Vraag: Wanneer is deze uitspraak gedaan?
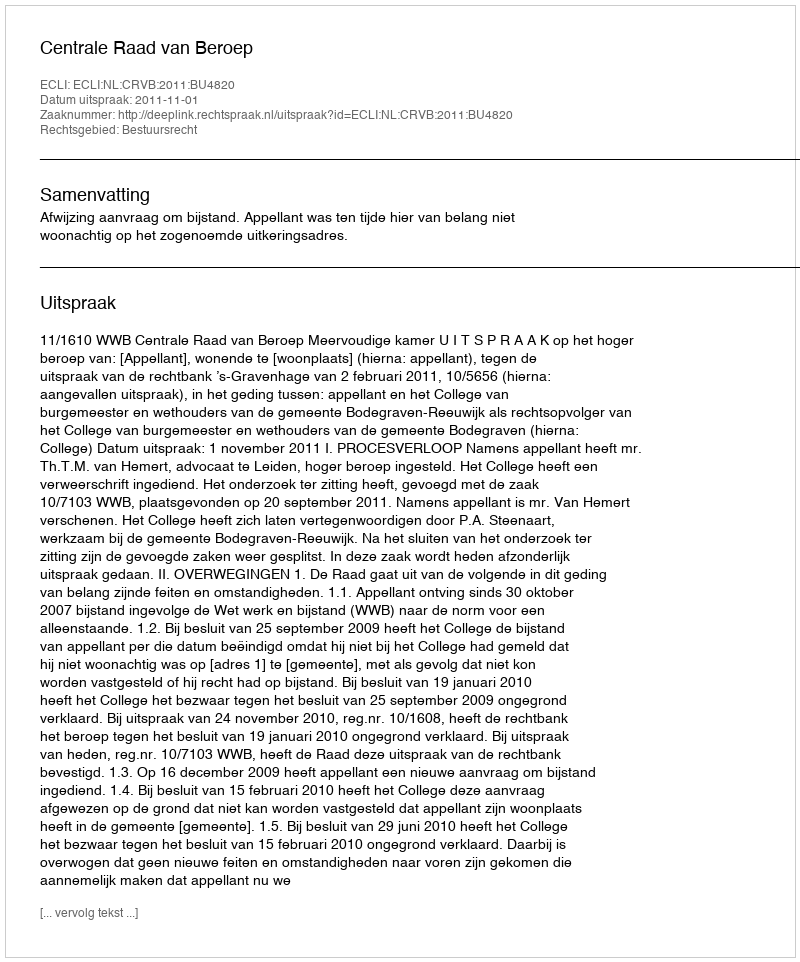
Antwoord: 2011-11-01